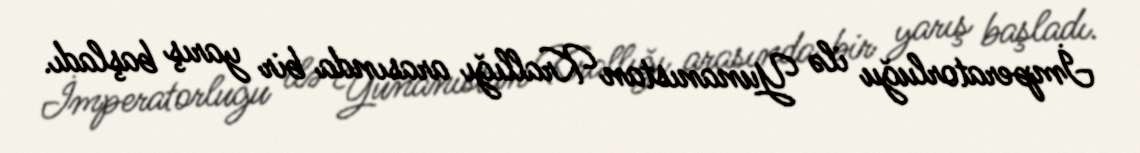
İmperatorluğu ilə Yunanıstan Krallığı arasında bir yarış başladı.